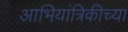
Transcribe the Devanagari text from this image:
आभियांत्रिकीच्या